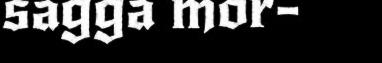
sagga mor-